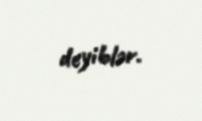
deyiblər.